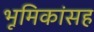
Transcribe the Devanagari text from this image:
भूमिकांसह